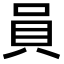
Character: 員